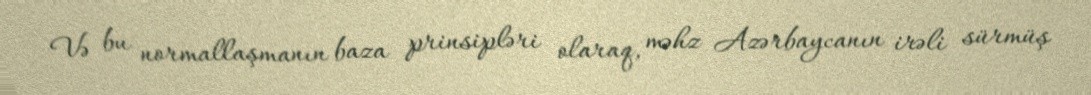
Və bu normallaşmanın baza prinsipləri olaraq, məhz Azərbaycanın irəli sürmüş